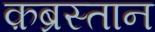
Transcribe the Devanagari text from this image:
क़ब्रस्तान